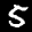
Label: 5